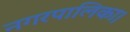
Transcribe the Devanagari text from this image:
नगरपालिका।